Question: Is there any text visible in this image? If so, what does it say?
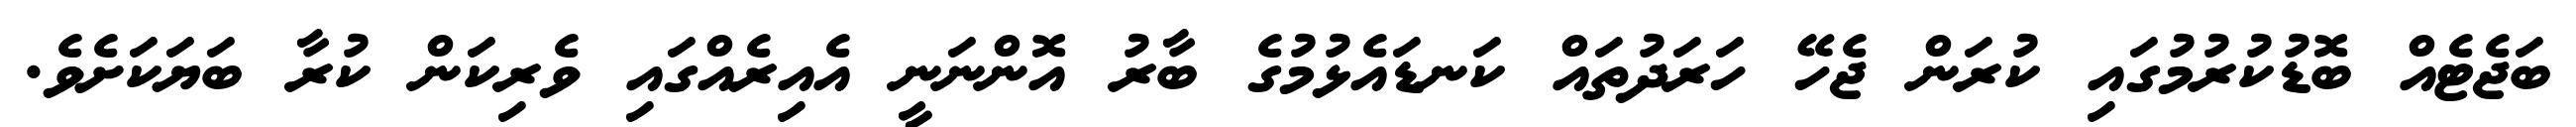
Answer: ބަޖެޓެއް ބޮޑުކުރުމުގައި ކުރަން ޖެހޭ ހަރަދުތައް ކަނޑައެޅުމުގެ ބާރު އޮންނަނީ އެއިރެއްގައި ވެރިކަން ކުރާ ބަޔަކަށެވެ.